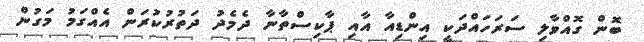
ބޮން ގޮއްވާލި ސަރަހައްދަކީ އިންޑިއާ އާއި ޕާކިސްތާނާ ދެމެދު ދަތުރުކުރަން އެއްގަމު މަގުން